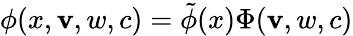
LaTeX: \phi(x,\mathbf{v},w,c)=\tilde{{\phi}}(x)\Phi(\mathbf{v},w,c)